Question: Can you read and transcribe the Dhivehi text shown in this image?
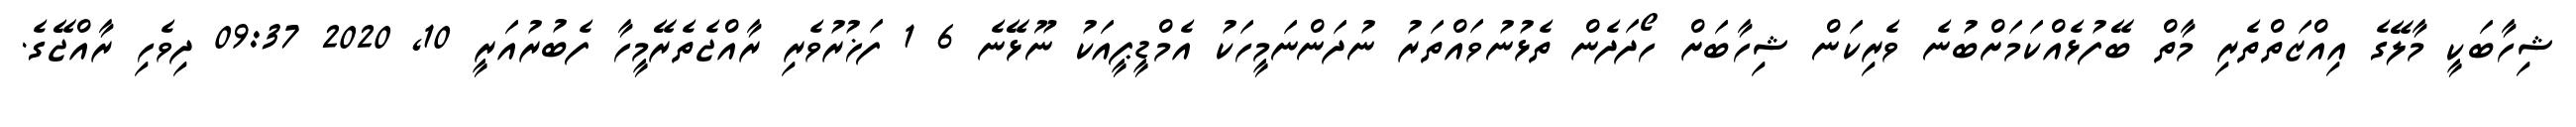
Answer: ޝިހާބަކީ މާލޭގެ އިއްޒަތްތެރި މާތް ބޭފުޅެއްކަމަށްބުނެ ވެރިކަން ޝިހާބަށް ހޯދަދެން ތެޅުނުވައްތަރު ނުދަންނަމީހަކު އެމްޑީޕީއަކު ނޫޅޭނެ 6 1 ފަޚުރުވެރި ރާއްޖެތެރޭމީހާ ފެބުރުއަރީ 10, 2020 09:37 ދިވެހި ރާއްޖޭގެ.